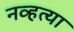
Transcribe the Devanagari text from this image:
नव्‍हत्‍या